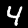
Digit: 4